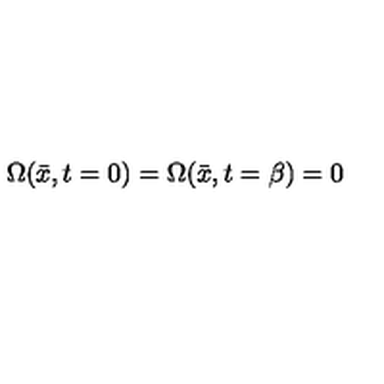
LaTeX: \Omega ( \bar { x } , t = 0 ) = \Omega ( \bar { x } , t = \beta ) = 0